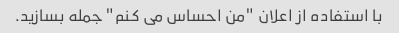
با استفاده از اعلان "من احساس می کنم" جمله بسازید.